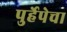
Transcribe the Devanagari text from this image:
पुर्हेपेचा